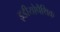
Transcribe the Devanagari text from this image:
इडीयोपैथिक